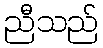
ညီသည်